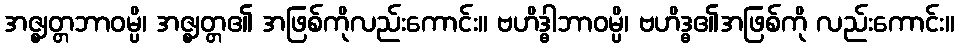
အဇ္ဈတ္တဘာဝမ္ပိ၊ အဇ္ဈတ္တ၏ အဖြစ်ကိုလည်းကောင်း။ ဗဟိဒ္ဓါဘာဝမ္ပိ၊ ဗဟိဒ္ဓ၏အဖြစ်ကို လည်းကောင်း။